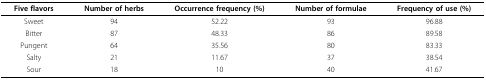
| Five flavors | Number of herbs | Occurrence frequency (%) | Number of formulae | Frequency of use (%) |
 | --- | --- | --- | --- | --- |
 | Sweet | 94 | 52.22 | 93 | 96.88 |
 | Bitter | 87 | 48.33 | 86 | 89.58 |
 | Pungent | 64 | 35.56 | 80 | 83.33 |
 | Salty | 21 | 11.67 | 37 | 38.54 |
 | Sour | 18 | 10 | 40 | 41.67 |